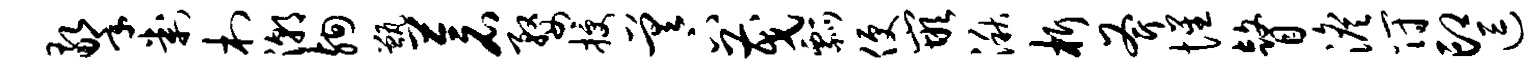
擎判村潮殉甑苍婺授差下茂瓢便嵌湫析斧惺瞽澹符印逗